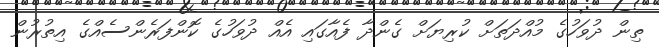
ތިން ދުވަހުގެ މުއްދަތަށް ކުރިޔަށް ގެންދާ ފެއާގައި އެއް ދުވަހުގެ ކޮންފަރެންސެއްގެ އިތުރުން